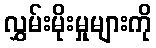
လွှမ်းမိုးမှုများကို